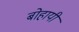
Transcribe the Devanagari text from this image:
बोहायी